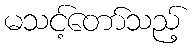
မသင့်တော်သည့်